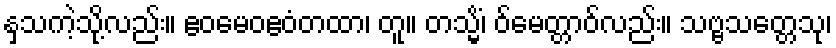
နှသကဲ့သို့လည်း။ ဧဝမေဝဧဝံတထာ၊ တူ။ တသ္မိံ၊ ဝ်မေတ္တာဝ်လည်း။ သဗ္ဗသတ္တေသု၊